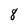
Character: 8